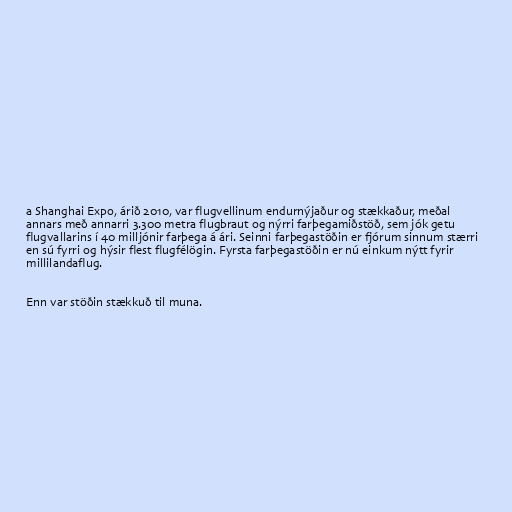
a Shanghai Expo, árið 2010, var flugvellinum endurnýjaður og stækkaður, meðal
annars með annarri 3.300 metra flugbraut og nýrri farþegamiðstöð, sem jók getu
flugvallarins í 40 milljónir farþega á ári. Seinni farþegastöðin er fjórum sinnum stærri
en sú fyrri og hýsir flest flugfélögin. Fyrsta farþegastöðin er nú einkum nýtt fyrir
millilandaflug.

Enn var stöðin stækkuð til muna.